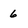
Character: 6